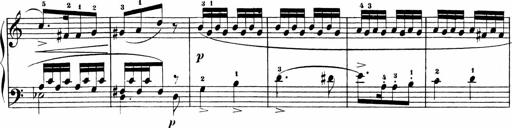
Title: Sonatinas
Composer: Andrew Violette